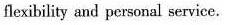
flexibility and personul service.